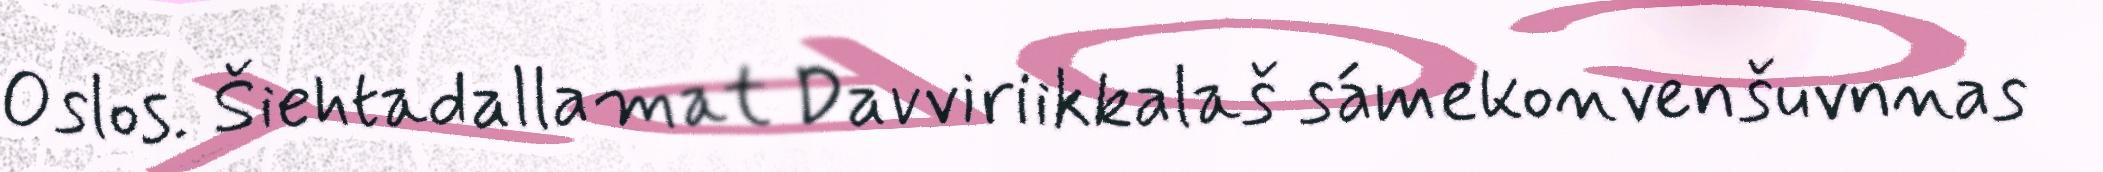
Oslos. Šiehtadallamat Davviriikkalaš sámekonvenšuvnnas